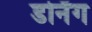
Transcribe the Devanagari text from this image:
डर्निंग